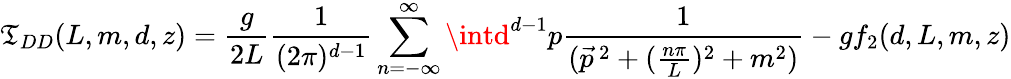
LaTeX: \mathfrak{T}_{DD}(L,m,d,z)=\frac{{g}}{{2L}}\frac{{1}}{{(2\pi)^{d-1}}}\sum_{n=-\infty}^{\infty}\intd^{d-1}p\frac{{1}}{{(\vec{{p}}^{\, 2}+(\frac{{n\pi}}{{L}})^{2}+m^{2})}}-gf_{2}(d,L,m,z)